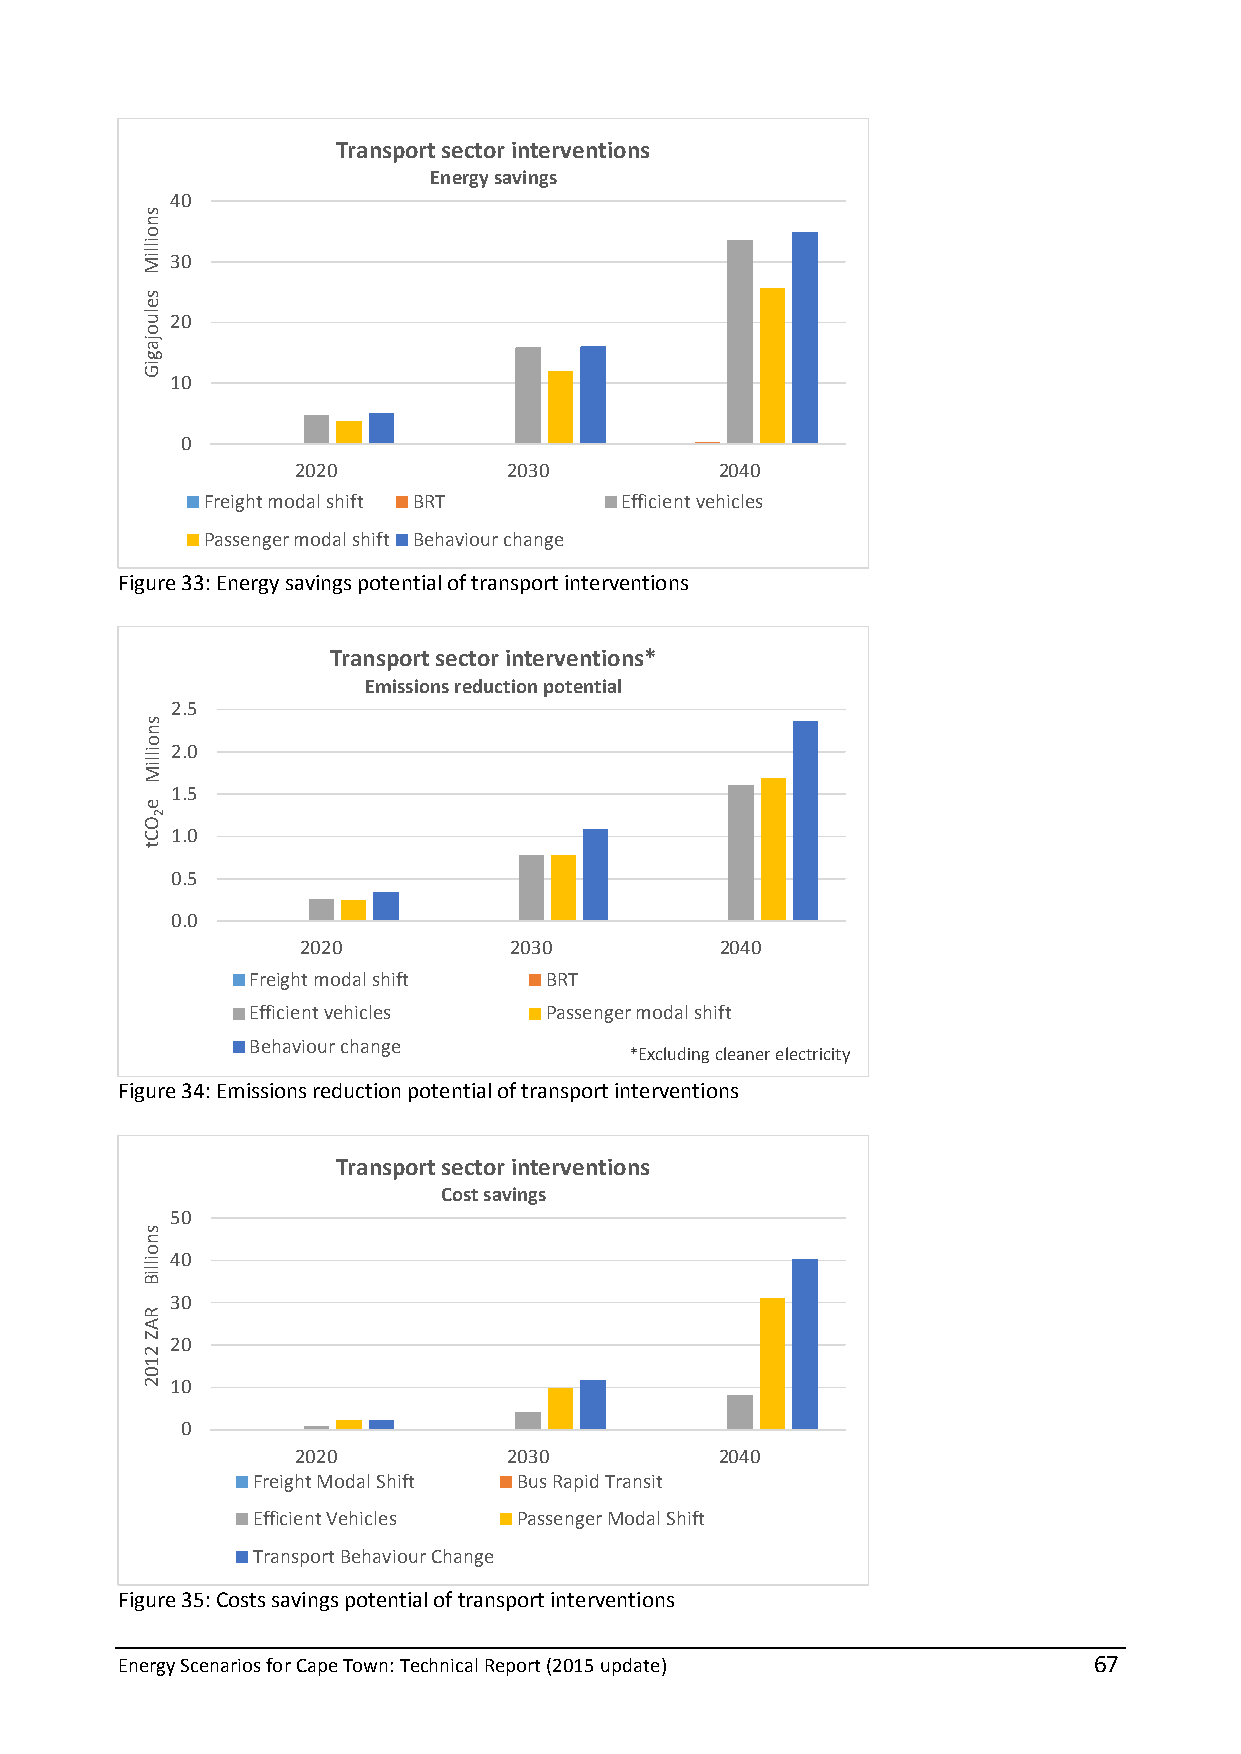
Transport sector interventions
 Energy savings
 40
 30
 20
 10
 0
 2020          2030          2040
 Freight modal shift BRT     Efficient vehicles
 Passenger modal shift Behaviour change
 Figure 33: Energy savings potential of transport interventions
 Transport sector interventions*
 Emissions reduction potential
 2.5
 2.0
 1.5
 1.0
 0.5
 0.0
 2020          2030          2040
 Freight modal shift BRT
 Efficient vehicles Passenger modal shift
 Behaviour change
 *Excluding cleaner electricity
 Figure 34: Emissions reduction potential of transport interventions
 Transport sector interventions
 Cost savings
 50
 40
 30
 20
 10
 0
 2020          2030          2040
 Freight Modal Shift Bus Rapid Transit
 Efficient Vehicles Passenger Modal Shift
 Transport Behaviour Change
 Figure 35: Costs savings potential of transport interventions
 Energy Scenarios for Cape Town: Technical Report (2015 update)  67
 snoilliM
 seluojagiG
 snoilliM
 e
 OCt
 snoilliB
 RAZ
 2102
 2